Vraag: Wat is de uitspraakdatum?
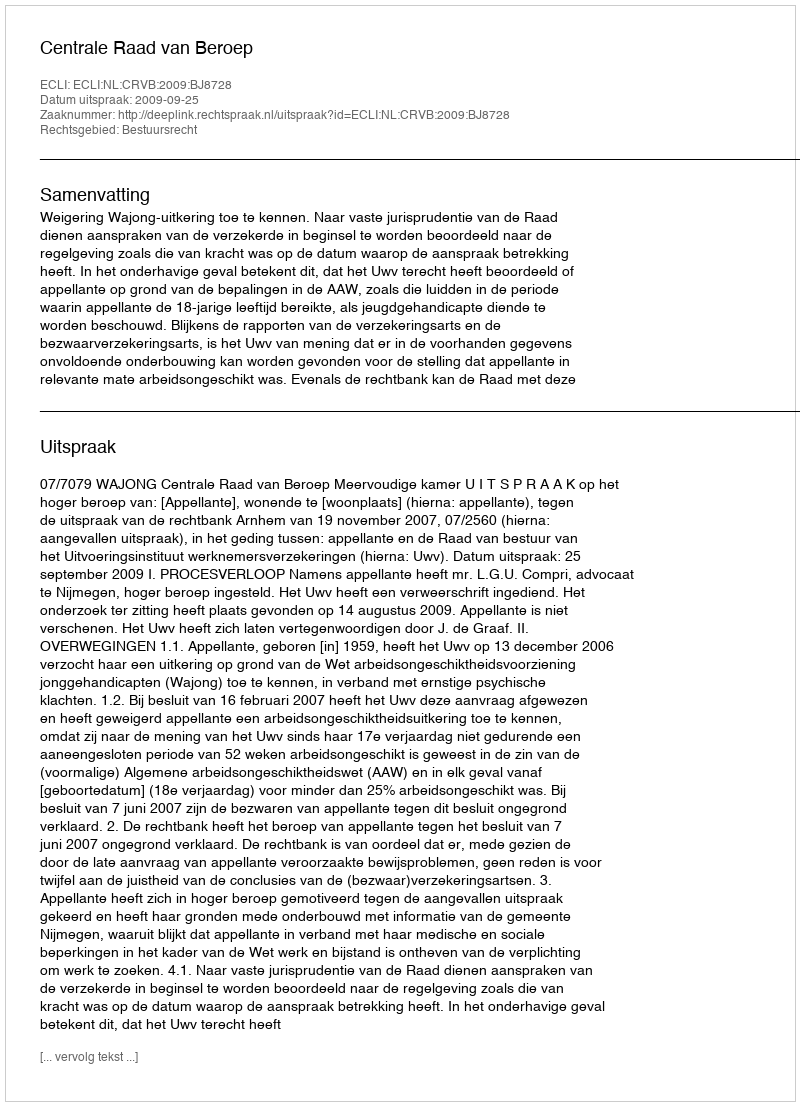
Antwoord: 2009-09-25